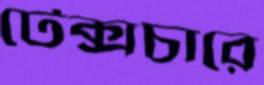
টেক্সচারে